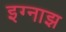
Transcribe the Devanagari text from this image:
इग्नाझ